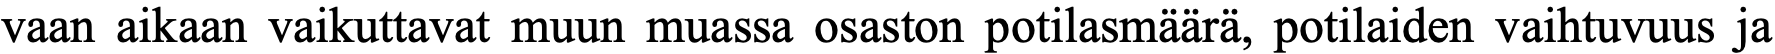
vaan aikaan vaikuttavat muun muassa osaston potilasmäärä, potilaiden vaihtuvuus ja